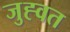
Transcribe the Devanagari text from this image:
जुह्वत